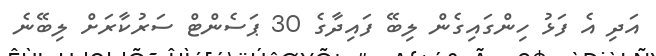
އަދި އެ ފަޅު ހިންގައިގެން ލިބޭ ފައިދާގެ 30 ޕަސެންޓް ސަރުކާރަށް ލިބޭނެ